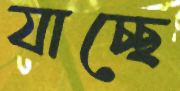
যাচ্ছে